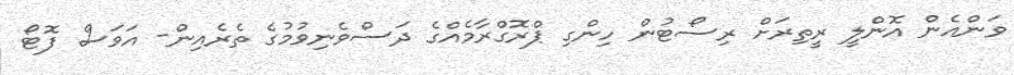
ވަންއެން އޮންލީ ރީތިރަށް ރިސޯޓުން ހިންގި ޕްރޮގްރާމެއްގެ ދަސްވެނިވުމުގެ ތެރެއިން- އަވަސް ފޮޓޯ